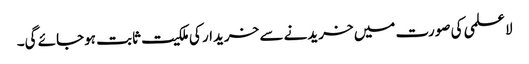
لاعلمی کی صورت میں خریدنے سے خریدار کی ملکیت ثابت ہوجائے گی۔